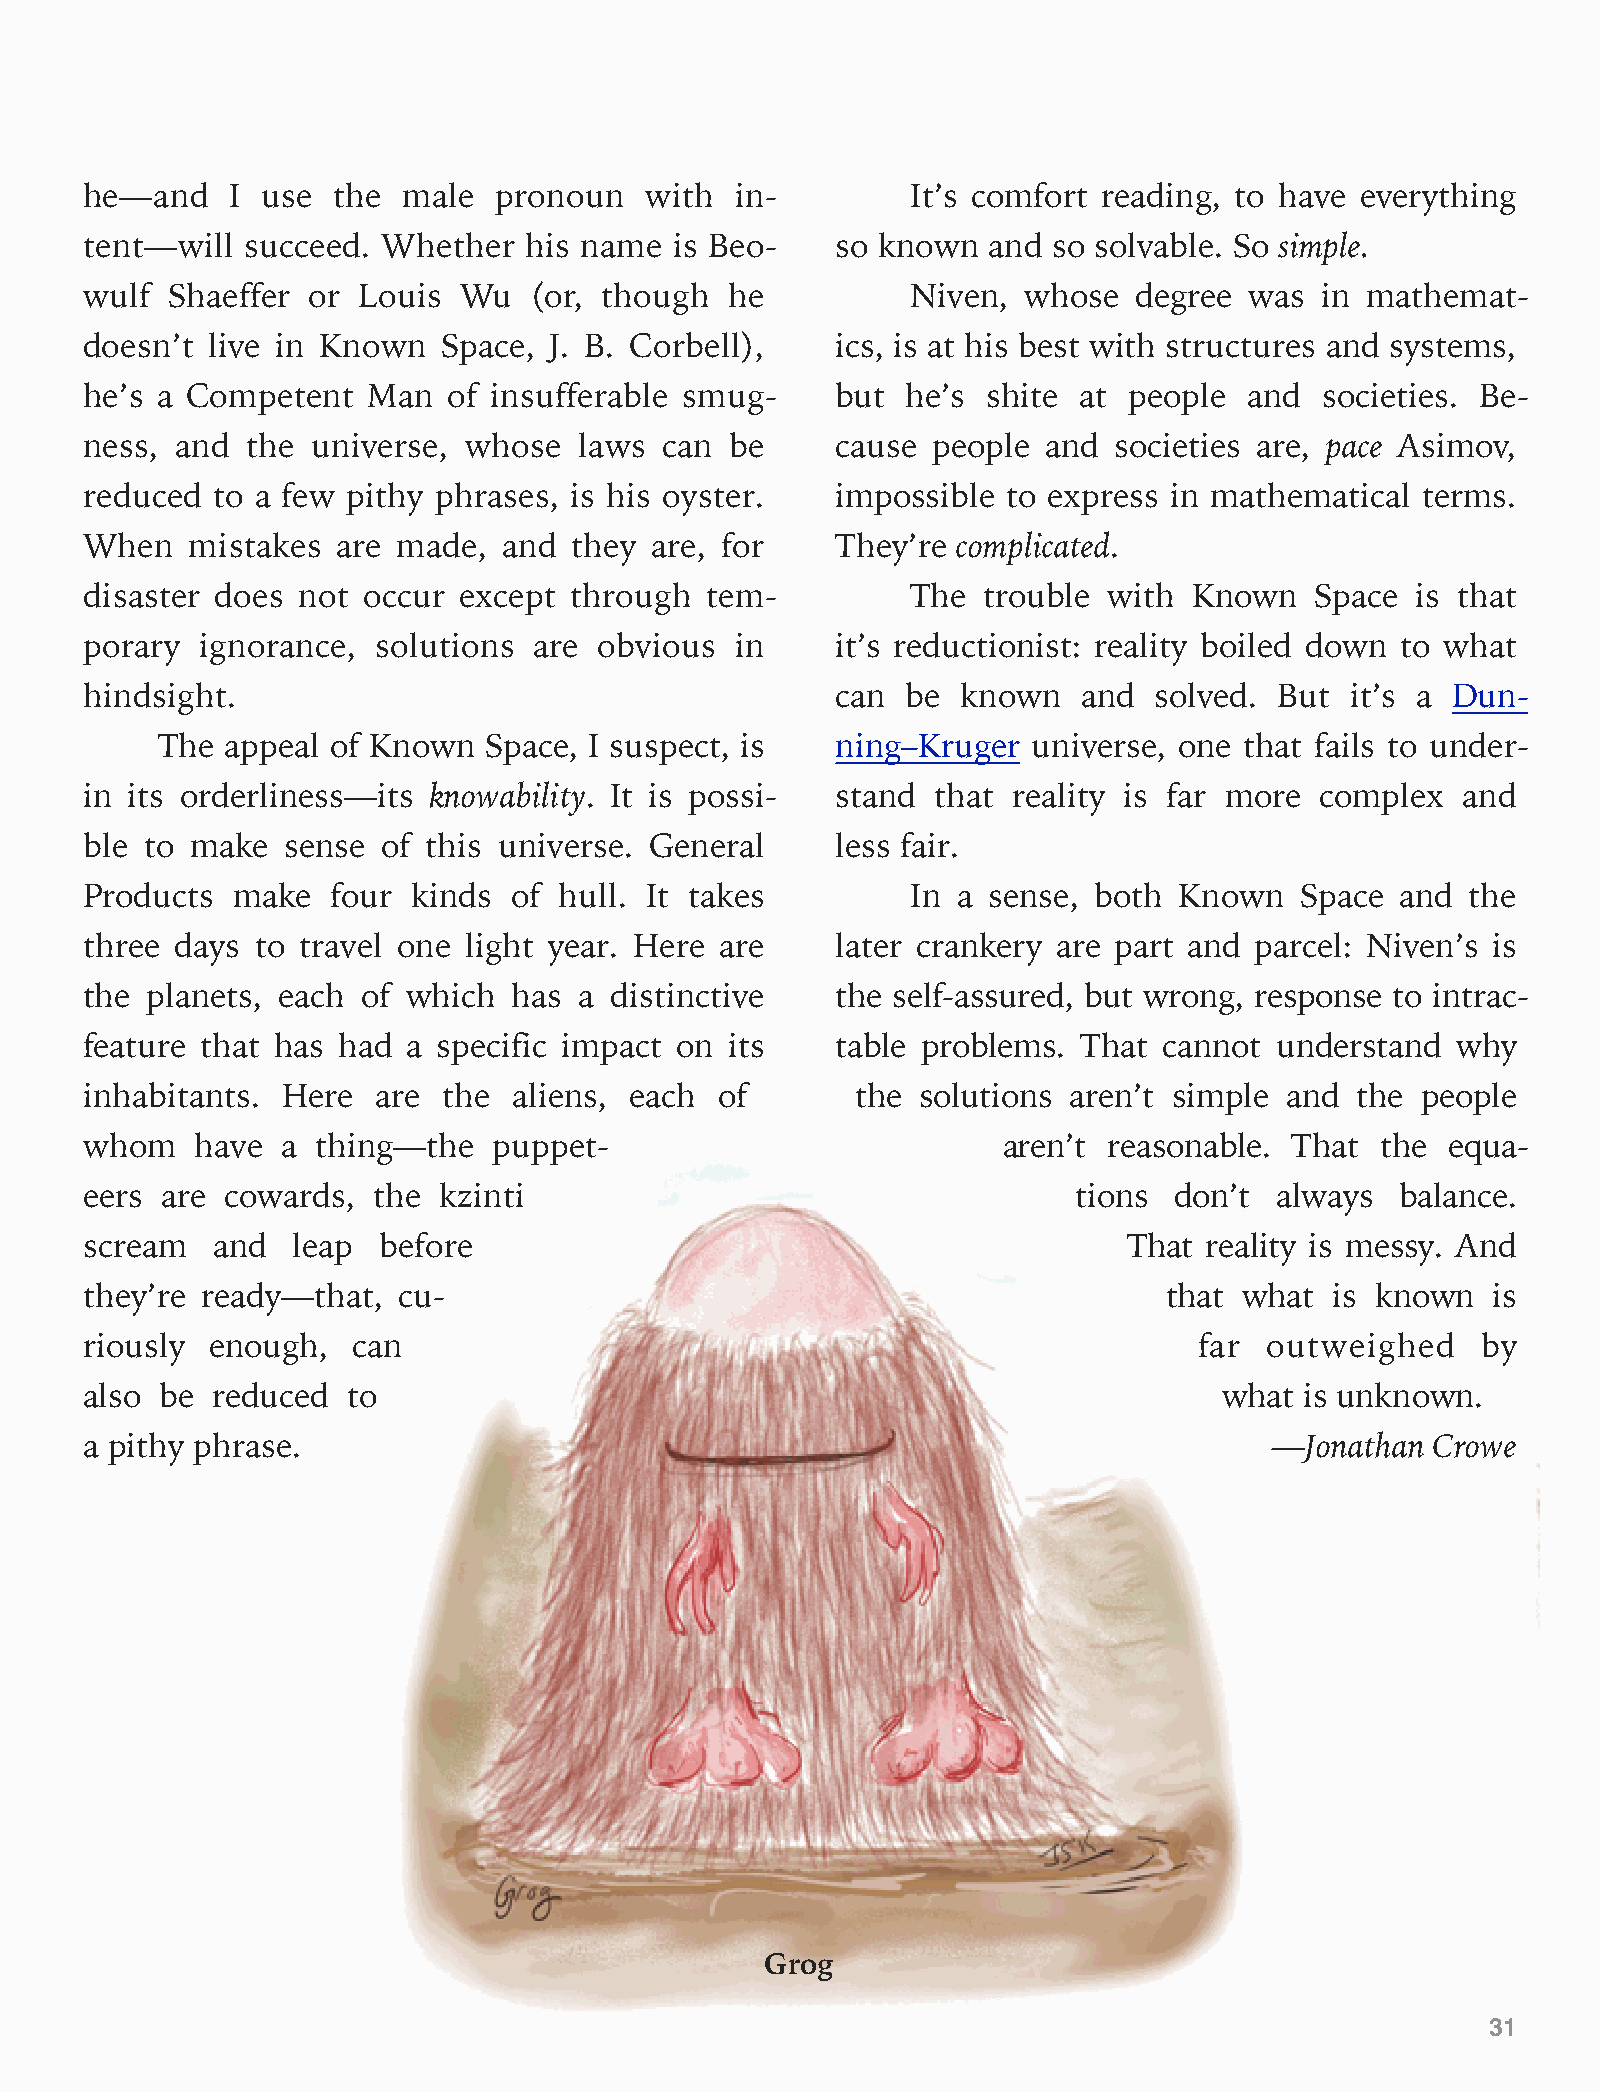
he—and   I use  the  male  pronoun   with  in-        It’s comfort reading, to have everything
 tent—will succeed. Whether   his name  is Beo-   so known  and  so solvable. So simple.
 wulf Shaeffer or  Louis  Wu  (or, though  he          Niven,  whose  degree  was in mathemat-
 doesn’t live in Known  Space, J. B. Corbell),    ics, is at his best with structures and systems,
 he’s a Competent  Man   of insufferable smug-    but  he’s shite  at people  and  societies. Be-
 ness, and the  universe, whose  laws  can be     cause  people and  societies are, pace Asimov,
 reduced to a few pithy phrases, is his oyster.   impossible  to express in mathematical terms.
 When   mistakes are made,  and  they are, for    They’re complicated.
 disaster does not occur except  through  tem-         The  trouble with  Known   Space  is that
 porary ignorance,  solutions are  obvious  in    it’s reductionist: reality boiled down to what
 hindsight.                                       can  be  known   and solved.  But it’s a Dun-
 The  appeal of Known  Space, I suspect, is   ning–Kruger  universe, one that fails to under-
 in its orderliness—its knowability. It is possi- stand  that reality is far more complex   and
 ble to make  sense of this universe. General     less fair.
 Products make   four kinds  of hull. It takes         In a sense, both  Known   Space  and the
 three days to travel one light year. Here are    later crankery are part and parcel: Niven’s is
 the planets, each of which  has a distinctive    the self-assured, but wrong, response to intrac-
 feature that has had a specific impact on its    table problems.  That cannot  understand why
 inhabitants. Here  are the  aliens, each  of       the solutions aren’t simple and  the people
 whom   have  a thing—the   puppet-                          aren’t reasonable.  That the  equa-
 eers are cowards,  the kzinti                                    tions  don’t always   balance.
 scream  and  leap  before                                            That reality is messy. And
 they’re ready—that, cu-                                                that what  is known   is
 riously enough,  can                                                     far  outweighed    by
 also be reduced  to                                                        what is unknown.
 a pithy phrase.                                                               —Jonathan  Crowe
 Grog
 31